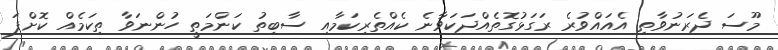
މޫސަ ދެރަނުވާތި އެއައްވުރެ ރަގަޅުގޮތެއްދަކަވާނެ ކެއްތެރިކަމާއި ސާބިތު ކަންމަތީ ހުންނަވާ ތިކަމެއް ކޮށްފަ